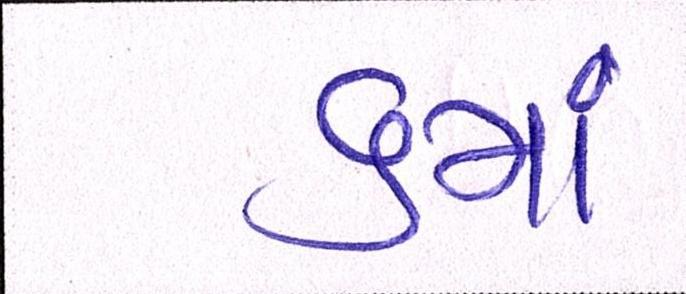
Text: ૬માં